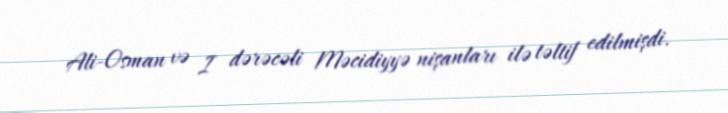
Ali-Osman və I dərəcəli Məcidiyyə nişanları ilə təltif edilmişdi.